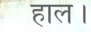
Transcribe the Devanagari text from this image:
हाल।